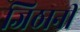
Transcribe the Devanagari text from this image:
जिठानी